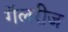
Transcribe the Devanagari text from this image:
गॅलरीज